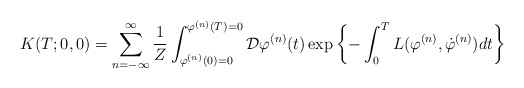
\begin{align*}K(T;0,0) = \sum_{n=-\infty}^{\infty} \frac{1}{Z} \int_{\varphi^{(n)}(0)=0}^{\varphi^{(n)}(T)=0} {\cal D}\varphi^{(n)}(t) \exp \left\{ -\int_{0}^{T} L(\varphi^{(n)},\dot{\varphi}^{(n)}) dt \right\}\end{align*}